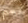
نعم